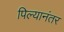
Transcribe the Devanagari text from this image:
पिल्यानंतर